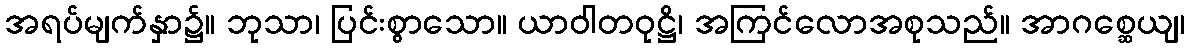
အရပ်မျက်နှာ၌။ ဘုသာ၊ ပြင်းစွာသော။ ယာဝါတဝုဋ္ဌိ၊ အကြင်လောအစုသည်။ အာဂစ္ဆေယျ၊